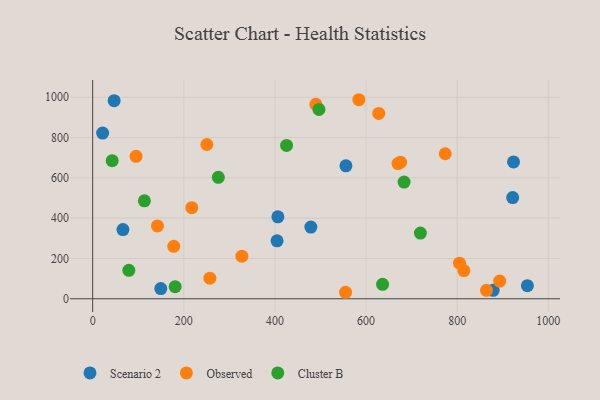
{"axis": {"x": "Engine Size", "y": "Exam Score"}, "legend": ["Cluster B", "Observed", "Scenario 2"], "data": [{"x": "478.9", "y": 355.5, "type": "Scenario 2"}, {"x": "879.1", "y": 42.1, "type": "Scenario 2"}, {"x": "21.8", "y": 822.3, "type": "Scenario 2"}, {"x": "47.1", "y": 982.8, "type": "Scenario 2"}, {"x": "406.5", "y": 406.8, "type": "Scenario 2"}, {"x": "923.8", "y": 679.1, "type": "Scenario 2"}, {"x": "66.4", "y": 343.4, "type": "Scenario 2"}, {"x": "404.7", "y": 287.4, "type": "Scenario 2"}, {"x": "149.5", "y": 50.5, "type": "Scenario 2"}, {"x": "954.2", "y": 64.7, "type": "Scenario 2"}, {"x": "922.0", "y": 502.1, "type": "Scenario 2"}, {"x": "555.9", "y": 659.5, "type": "Scenario 2"}, {"x": "327.5", "y": 211.4, "type": "Observed"}, {"x": "773.9", "y": 719.6, "type": "Observed"}, {"x": "584.2", "y": 987.6, "type": "Observed"}, {"x": "250.6", "y": 765.4, "type": "Observed"}, {"x": "95.2", "y": 706.7, "type": "Observed"}, {"x": "489.9", "y": 964.6, "type": "Observed"}, {"x": "670.2", "y": 670.7, "type": "Observed"}, {"x": "142.1", "y": 361.6, "type": "Observed"}, {"x": "217.5", "y": 451.9, "type": "Observed"}, {"x": "257.2", "y": 102.2, "type": "Observed"}, {"x": "627.9", "y": 919.4, "type": "Observed"}, {"x": "675.7", "y": 677.7, "type": "Observed"}, {"x": "177.9", "y": 260.3, "type": "Observed"}, {"x": "555.1", "y": 32.2, "type": "Observed"}, {"x": "814.7", "y": 139.9, "type": "Observed"}, {"x": "805.2", "y": 176.6, "type": "Observed"}, {"x": "864.5", "y": 42.0, "type": "Observed"}, {"x": "893.5", "y": 87.6, "type": "Observed"}, {"x": "113.5", "y": 486.2, "type": "Cluster B"}, {"x": "496.7", "y": 939.4, "type": "Cluster B"}, {"x": "425.6", "y": 761.0, "type": "Cluster B"}, {"x": "275.8", "y": 602.6, "type": "Cluster B"}, {"x": "636.3", "y": 71.4, "type": "Cluster B"}, {"x": "79.4", "y": 141.0, "type": "Cluster B"}, {"x": "683.5", "y": 579.1, "type": "Cluster B"}, {"x": "719.4", "y": 325.8, "type": "Cluster B"}, {"x": "42.8", "y": 685.1, "type": "Cluster B"}, {"x": "181.0", "y": 59.8, "type": "Cluster B"}]}